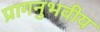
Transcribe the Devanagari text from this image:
प्रागनुभवीय